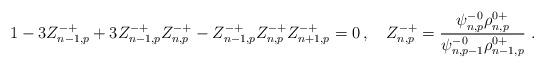
LaTeX: \begin{align*} 1-3Z^{-+}_{n-1,p}+3Z^{-+}_{n-1,p}Z^{-+}_{n,p}-Z^{-+}_{n-1,p}Z^{-+}_{n,p}Z^{-+}_{n+1,p}=0\,, \quad Z^{-+}_{n,p}=\frac{\psi^{-0}_{n,p} \rho^{0+}_{n,p}}{\psi^{-0}_{n,p-1} \rho^{0+}_{n-1,p}} \ .\end{align*}